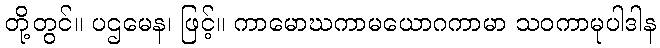
တို့တွင်။ ပဌမေန၊ ဖြင့်။ ကာမောဃကာမယောဂကာမာ သဝကာမုပါဒါန